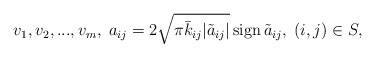
\begin{align*}v_1, v_2, ..., v_m, \; a_{ij} = 2\sqrt{\pi\bar k_{ij}|\tilde a_{ij}|}\,{\rm sign }\,\tilde a_{ij},\; (i,j)\in S,\end{align*}